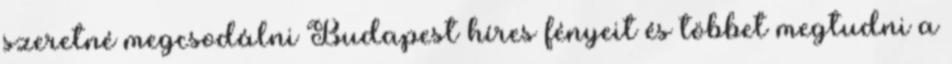
szeretné megcsodálni Budapest híres fényeit és többet megtudni a